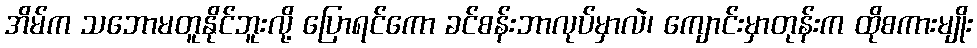
အိမ်က သဘောမတူနိုင်ဘူးလို့ ပြောရင်ကော ခင်စန်းဘာလုပ်မှာလဲ၊ ကျောင်းမှာတုန်းက ထိုစကားမျိုး